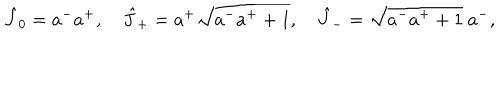
\hat { J } _ { 0 } = a ^ { - } a ^ { + } , ~ \hat { J } _ { + } = a ^ { + } \sqrt { a ^ { - } a ^ { + } + 1 } , ~ \hat { J } _ { - } = \sqrt { a ^ { - } a ^ { + } + 1 } ~ a ^ { - } ,